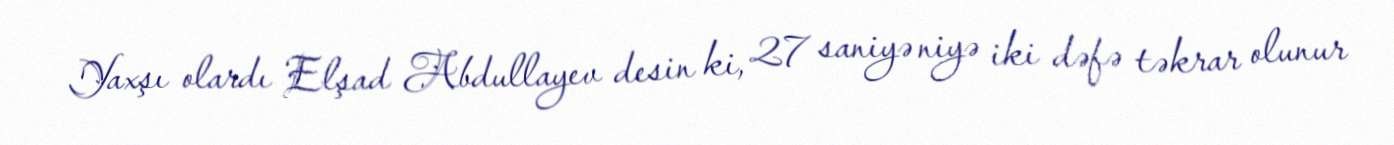
Yaxşı olardı Elşad Abdullayev desin ki, 27 saniyə niyə iki dəfə təkrar olunur